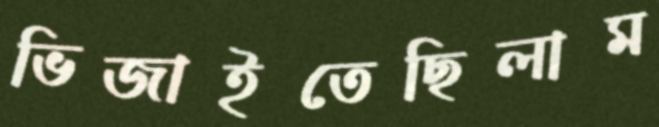
ভিজাইতেছিলাম